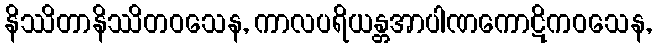
နိဿိတာနိဿိတဝသေန, ကာလပရိယန္တအာပါဏကောဋိကဝသေန,